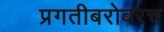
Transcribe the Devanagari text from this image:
प्रगतीबरोबरच